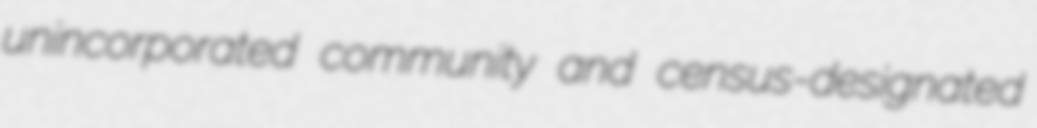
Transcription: unincorporated community and census-designated